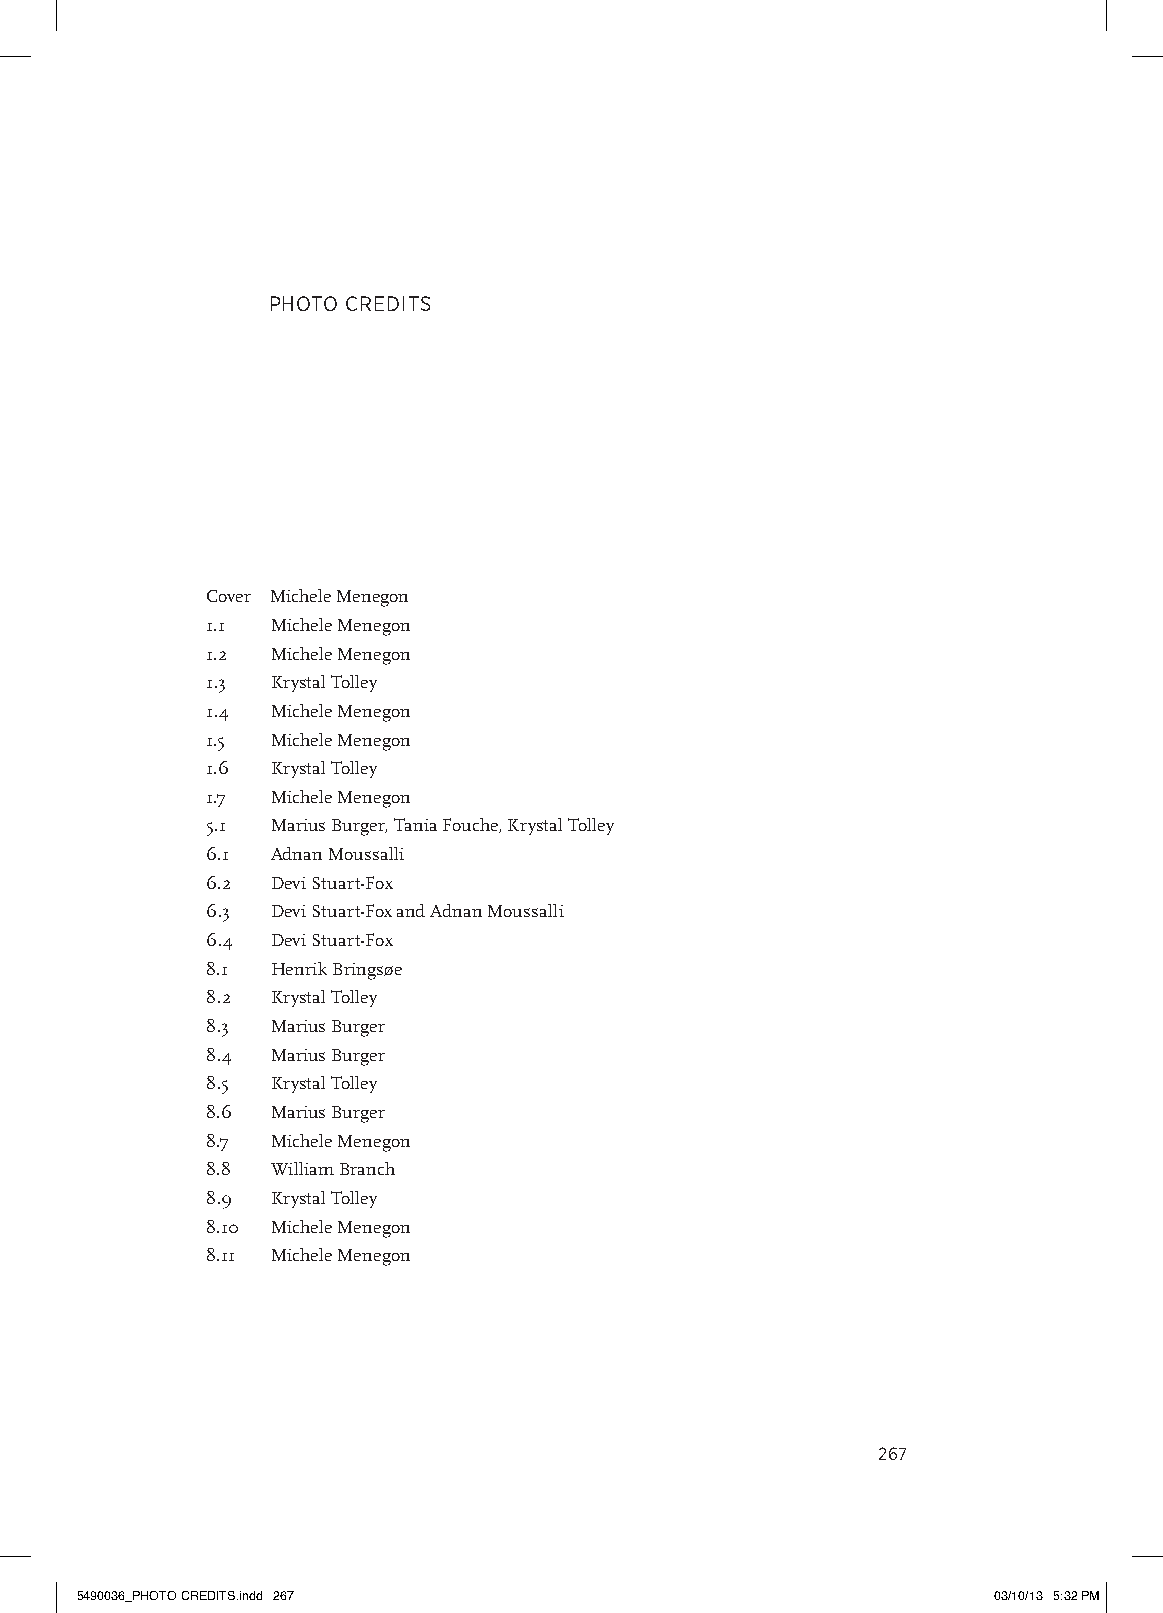
Photo Credits
 Cover Michele Menegon
 1.1 Michele Menegon
 1.2 Michele Menegon
 1.3 Krystal Tolley
 1.4 Michele Menegon
 1.5 Michele Menegon
 1.6 Krystal Tolley
 1.7 Michele Menegon
 5.1 Marius Burger, Tania Fouche, Krystal Tolley
 6.1 Adnan Moussalli
 6.2 Devi Stuart-Fox
 6.3 Devi Stuart-Fox and Adnan Moussalli
 6.4 Devi Stuart-Fox
 8.1 Henrik Bringsøe
 8.2 Krystal Tolley
 8.3 Marius Burger
 8.4 Marius Burger
 8.5 Krystal Tolley
 8.6 Marius Burger
 8.7 Michele Menegon
 8.8 William Branch
 8.9 Krystal Tolley
 8.10 Michele Menegon
 8.11 Michele Menegon
 267
 5490036_PHOTO CREDITS.indd 267                               03/10/13 5:32 PM